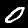
Label: 0